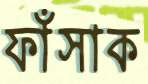
ফাঁসাক